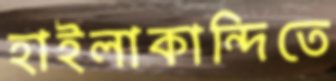
হাইলাকান্দিতে